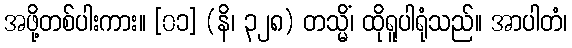
အဖို့တစ်ပါးကား။ [၀၁] (နိ၊ ၃၂၈) တသ္မိံ၊ ထိုရူပါရုံသည်။ အာပါတံ၊